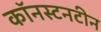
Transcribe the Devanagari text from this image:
कॉनस्टनटीन